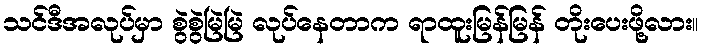
သင်ဒီအလုပ်မှာ စွဲစွဲမြဲမြဲ လုပ်နေတာက ရာထူးမြန်မြန် တိုးပေးဖို့လား။